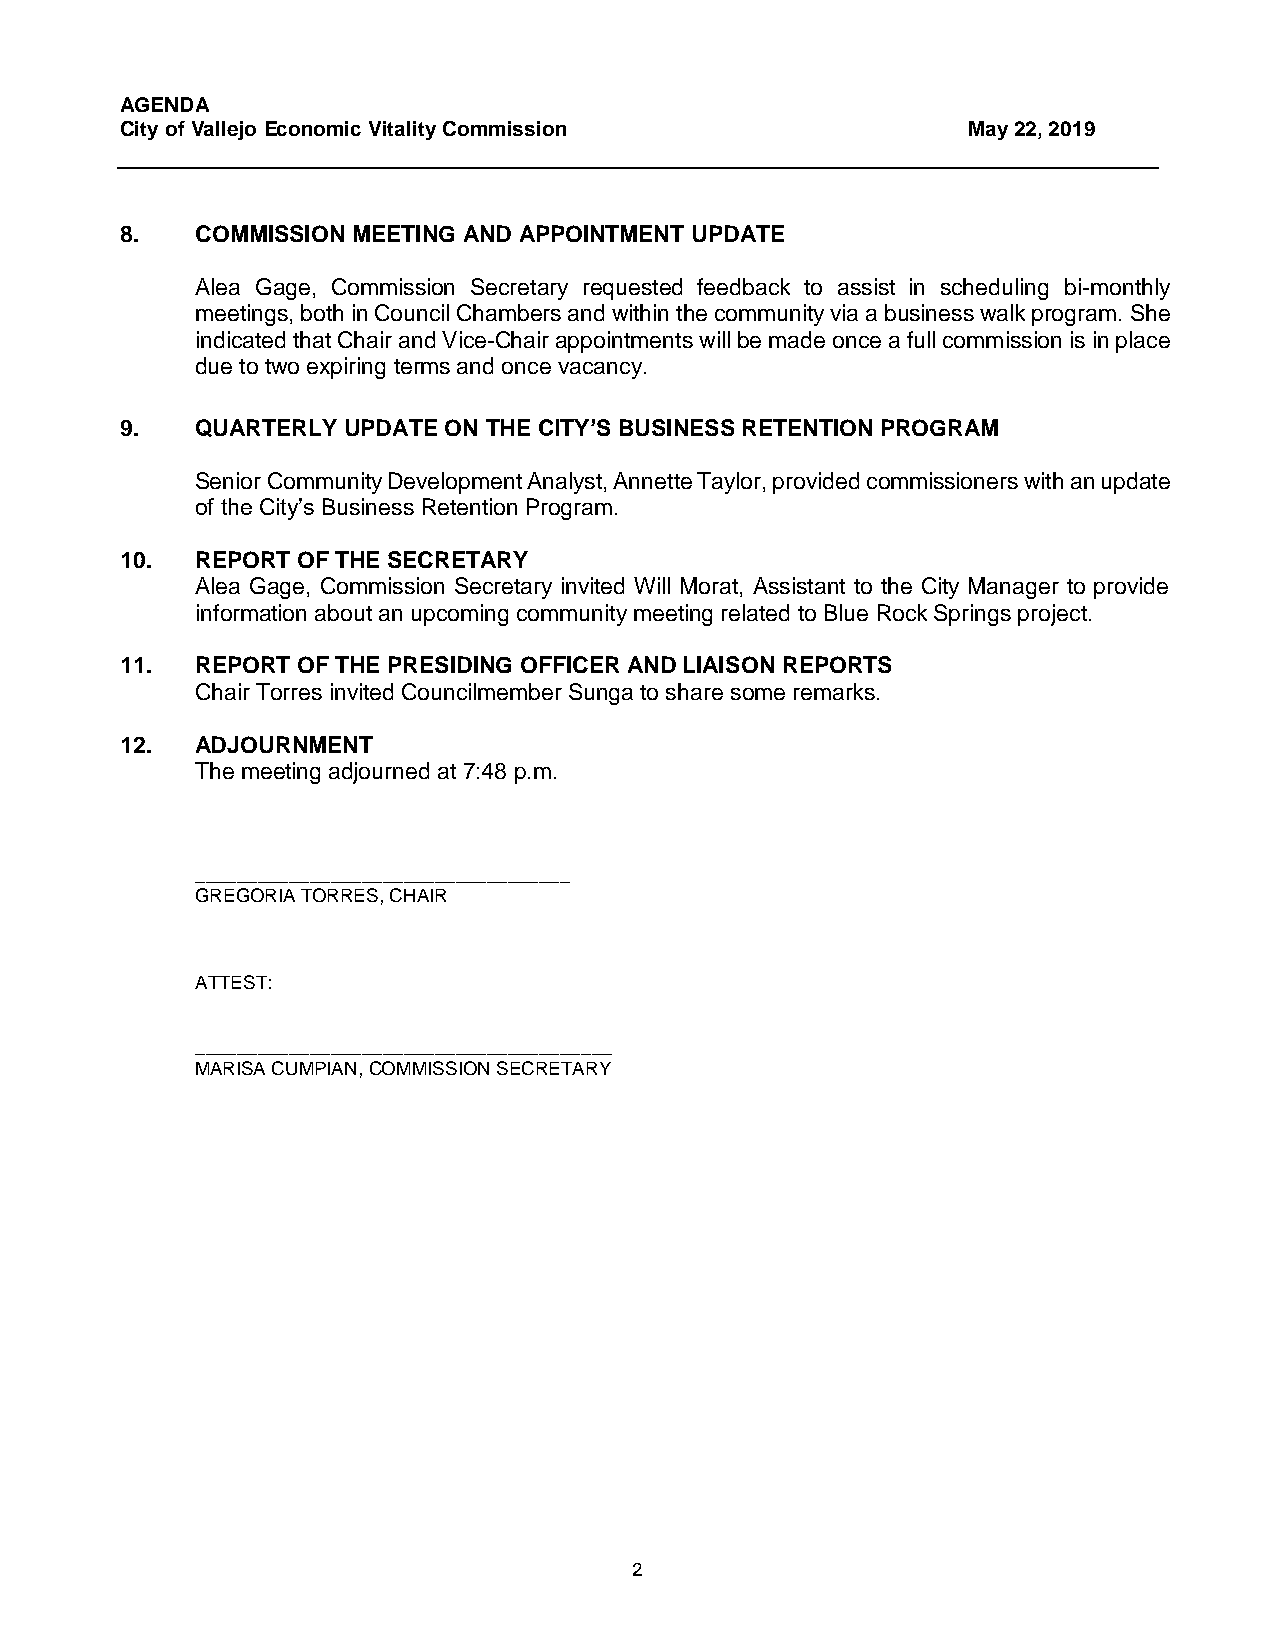
AGENDA
 City of Vallejo Economic Vitality Commission            May 22, 2019
 8.   COMMISSION MEETING AND APPOINTMENT UPDATE
 Alea Gage, Commission Secretary requested feedback to assist in scheduling bi-monthly
 meetings, both in Council Chambers and within the community via a business walk program. She
 indicated that Chair and Vice-Chair appointments will be made once a full commission is in place
 due to two expiring terms and once vacancy.
 9.   QUARTERLY UPDATE ON THE CITY’S BUSINESS RETENTION PROGRAM
 Senior Community Development Analyst, Annette Taylor, provided commissioners with an update
 of the City’s Business Retention Program.
 10.  REPORT OF THE SECRETARY
 Alea Gage, Commission Secretary invited Will Morat, Assistant to the City Manager to provide
 information about an upcoming community meeting related to Blue Rock Springs project.
 11.  REPORT OF THE PRESIDING OFFICER AND LIAISON REPORTS
 Chair Torres invited Councilmember Sunga to share some remarks.
 12.  ADJOURNMENT
 The meeting adjourned at 7:48 p.m.
 ____________________________________
 GREGORIA TORRES, CHAIR
 ATTEST:
 ________________________________________
 MARISA CUMPIAN, COMMISSION SECRETARY
 2